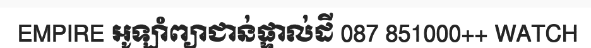
EMPIRE អូឡាំព្យាជាន់ផ្ទាល់ដី 087 851000++ WATCH